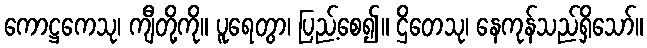
ကောဋ္ဌကေသု၊ ကျီတို့ကို။ ပူရေတွာ၊ ပြည့်စေ၍။ ဌိတေသု၊ နေကုန်သည်ရှိသော်။